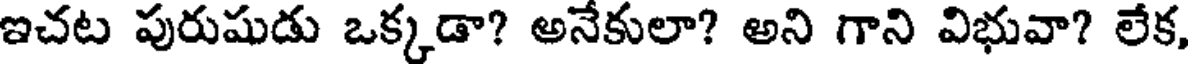
ఇచట పురుషుడు ఒక్కడా? అనేకులా? అని గాని విభువా? లేక